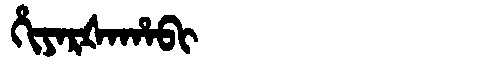
Manchu: ᡥᡳᠶᠠᡵᡧᠠᡥᠠᠪᡳ
Romanization: HIYARŠAHABI